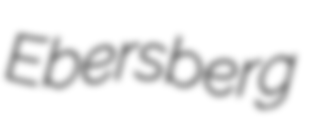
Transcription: Ebersberg